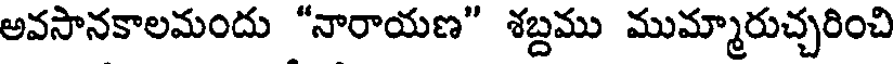
అవసానకాలమందు "నారాయణ" శబ్దము ముమ్మారుచ్చరించి